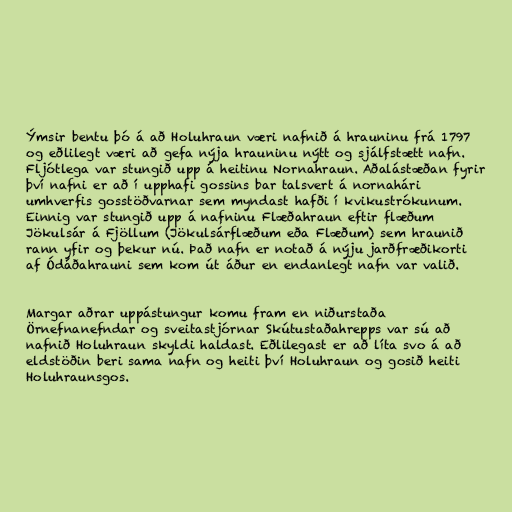
Ýmsir bentu þó á að Holuhraun væri nafnið á hrauninu frá 1797
og eðlilegt væri að gefa nýja hrauninu nýtt og sjálfstætt nafn.
Fljótlega var stungið upp á heitinu Nornahraun. Aðalástæðan fyrir
því nafni er að í upphafi gossins bar talsvert á nornahári
umhverfis gosstöðvarnar sem myndast hafði í kvikustrókunum.
Einnig var stungið upp á nafninu Flæðahraun eftir flæðum
Jökulsár á Fjöllum (Jökulsárflæðum eða Flæðum) sem hraunið
rann yfir og þekur nú. Það nafn er notað á nýju jarðfræðikorti
af Ódáðahrauni sem kom út áður en endanlegt nafn var valið.

Margar aðrar uppástungur komu fram en niðurstaða
Örnefnanefndar og sveitastjórnar Skútustaðahrepps var sú að
nafnið Holuhraun skyldi haldast. Eðlilegast er að líta svo á að
eldstöðin beri sama nafn og heiti því Holuhraun og gosið heiti
Holuhraunsgos.